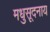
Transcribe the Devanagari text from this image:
मधुसूदनाय